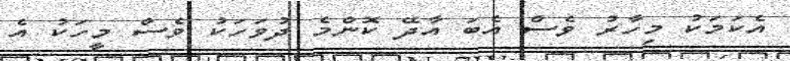
އެކަމަކު މިހާރު ވެސް އެބަ އާދޭ ކޮންމެ ދުވަހަކު ވެސް މީހަކު އެ